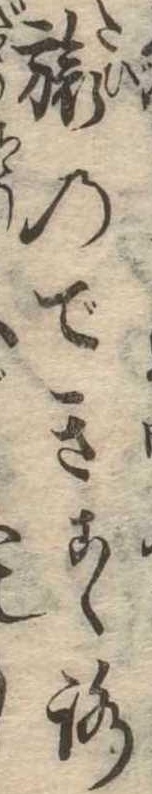
旅のできこゝろ